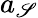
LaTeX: a_{\mathscr{S}}